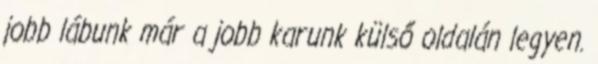
jobb lábunk már a jobb karunk külső oldalán legyen.